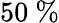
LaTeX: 50~\%